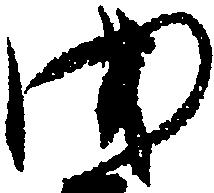
を